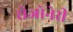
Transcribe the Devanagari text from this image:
रोजोनेरी